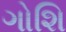
ગોશિ